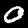
Label: 0